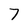
Character: 7